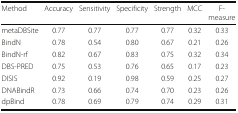
<table><thead><tr><td><b>Method</b></td><td><b>Accuracy</b></td><td><b>Sensitivity</b></td><td><b>Specificity</b></td><td><b>Strength</b></td><td><b>MCC</b></td><td><b>F-measure</b></td></tr></thead><tbody><tr><td>metaDBSite</td><td>0.77</td><td>0.77</td><td>0.77</td><td>0.77</td><td>0.32</td><td>0.33</td></tr><tr><td>BindN</td><td>0.78</td><td>0.54</td><td>0.80</td><td>0.67</td><td>0.21</td><td>0.26</td></tr><tr><td>BindN-rf</td><td>0.82</td><td>0.67</td><td>0.83</td><td>0.75</td><td>0.32</td><td>0.34</td></tr><tr><td>DBS-PRED</td><td>0.75</td><td>0.53</td><td>0.76</td><td>0.65</td><td>0.17</td><td>0.23</td></tr><tr><td>DISIS</td><td>0.92</td><td>0.19</td><td>0.98</td><td>0.59</td><td>0.25</td><td>0.27</td></tr><tr><td>DNABindR</td><td>0.73</td><td>0.66</td><td>0.74</td><td>0.70</td><td>0.23</td><td>0.26</td></tr><tr><td>dpBind</td><td>0.78</td><td>0.69</td><td>0.79</td><td>0.74</td><td>0.29</td><td>0.31</td></tr></tbody></table>